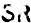
SR